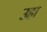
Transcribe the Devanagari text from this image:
उहा